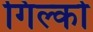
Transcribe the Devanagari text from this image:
गिल्को